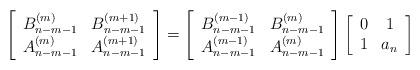
LaTeX: \begin{align*}\left[\begin{array}{ll}B^{(m)}_{n-m-1} & B^{(m+1)}_{n-m-1}\\A^{(m)}_{n-m-1} & A^{(m+1)}_{n-m-1}\end{array}\right]=\left[\begin{array}{ll}B^{(m-1)}_{n-m-1} & B^{(m)}_{n-m-1}\\A^{(m-1)}_{n-m-1} & A^{(m)}_{n-m-1}\end{array}\right]\left[\begin{array}{cc}0&1\\1&a_{n}\end{array}\right]\end{align*}